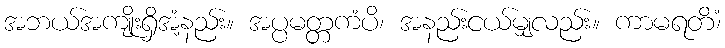
အဘယ်အကျိုးရှိအံ့နည်း။ အပ္ပမတ္တကံပိ၊ အနည်းငယ်မျှလည်း။ ကာမရတိံ၊